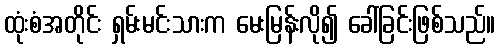
ထုံးစံအတိုင်း ရှမ်းမင်းသားက မေးမြန်းလို၍ ခေါ်ခြင်းဖြစ်သည်။